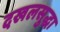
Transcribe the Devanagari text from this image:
दखलसुद्धा